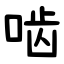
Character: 啮